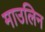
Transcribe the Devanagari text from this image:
माउलिन